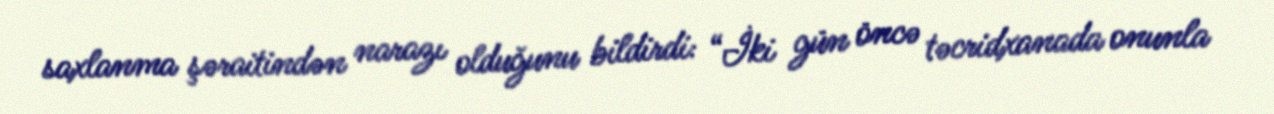
saxlanma şəraitindən narazı olduğunu bildirdi: “İki gün öncə təcridxanada onunla